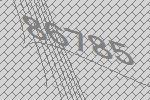
86785